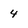
Character: 4